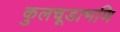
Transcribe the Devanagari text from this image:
कुलचूडाभणि